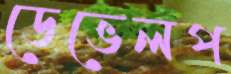
ডেভেলপ